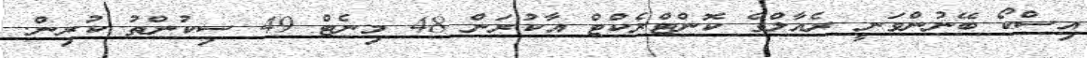
އިސްކޯ ބޭނުންވަނީ ރެއާލްގެ ކޮންޓްރެކްޓް އާކުރަން 48 މިނެޓް 49 ސިކުންތު ކުރިން.